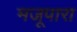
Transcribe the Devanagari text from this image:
मजूपारा